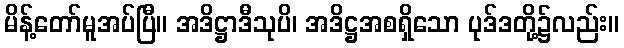
မိန့်တော်မူအပ်ပြီ။ အဒိဋ္ဌာဒီသုပိ၊ အဒိဋ္ဌအစရှိသော ပုဒ်ဒတို့၌လည်း။